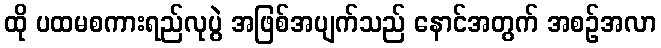
ထို ပထမစကားရည်လုပွဲ အဖြစ်အပျက်သည် နောင်အတွက် အစဉ်အလာ